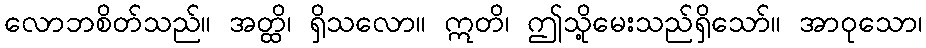
လောဘစိတ်သည်။ အတ္ထိ၊ ရှိသလော။ ဣတိ၊ ဤသို့မေးသည်ရှိသော်။ အာဝုသော၊